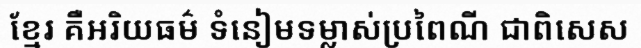
ខ្មែរ គឺអរិយធម៌ ទំនៀមទម្លាស់ប្រពៃណី ជាពិសេស